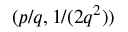
( p / q , 1 / ( 2 q ^ { 2 } ) )